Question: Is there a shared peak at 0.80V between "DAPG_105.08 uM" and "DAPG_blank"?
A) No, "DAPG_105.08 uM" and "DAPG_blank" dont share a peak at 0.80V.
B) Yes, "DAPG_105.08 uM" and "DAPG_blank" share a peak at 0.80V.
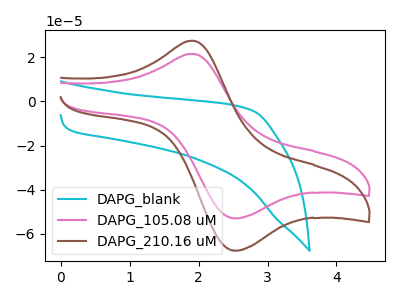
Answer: <think>The cyan curve "DAPG_blank" has no peaks. The pink curve "DAPG_105.08 uM" has an anodic peak at (1.90V, 21.55uA) and a cathodic peak at (2.55V, -52.90uA). The brown curve "DAPG_210.16 uM" has an anodic peak at (1.90V, 27.50uA) and a cathodic peak at (2.55V, -67.50uA).</think>
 <answer>A) No, "DAPG_105.08 uM" and "DAPG_blank" dont share a peak at 0.80V.</answer>
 <eval>A</eval>